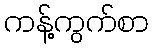
ကန့်ကွက်စာ